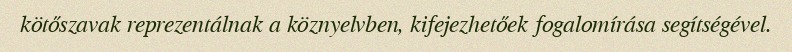
kötőszavak reprezentálnak a köznyelvben, kifejezhetőek fogalomírása segítségével.